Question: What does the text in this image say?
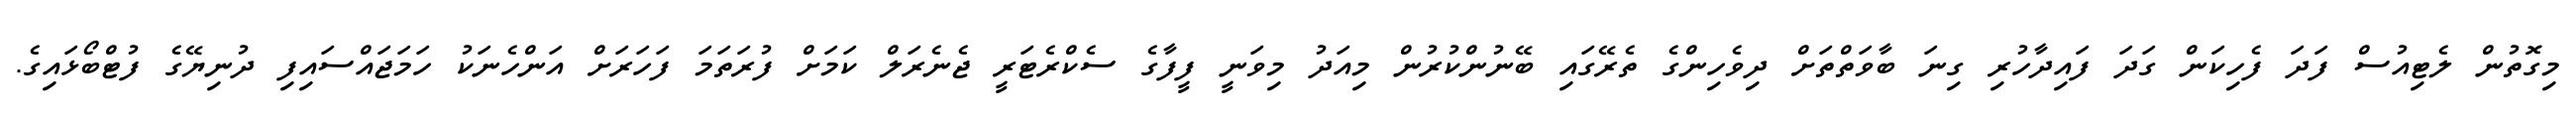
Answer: މިގޮތުން ލެޓިއުސް ފަދަ ފެހިކަން ގަދަ ފައިދާހުރި ގިނަ ބާވަތްތަށް ދިވެހިންގެ ތެރޭގައި ބޭނުންކުރުން މިއަދު މިވަނީ ފީފާގެ ސެކްރެޓަރީ ޖެނެރަލް ކަމަށް ފުރަތަމަ ފަހަރަށް އަންހެނަކު ހަމަޖައްސައިފި ދުނިޔޭގެ ފުޓްބޯޅައިގެ.